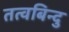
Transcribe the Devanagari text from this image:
तत्वबिन्दु